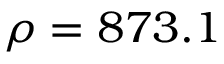
\rho = 8 7 3 . 1